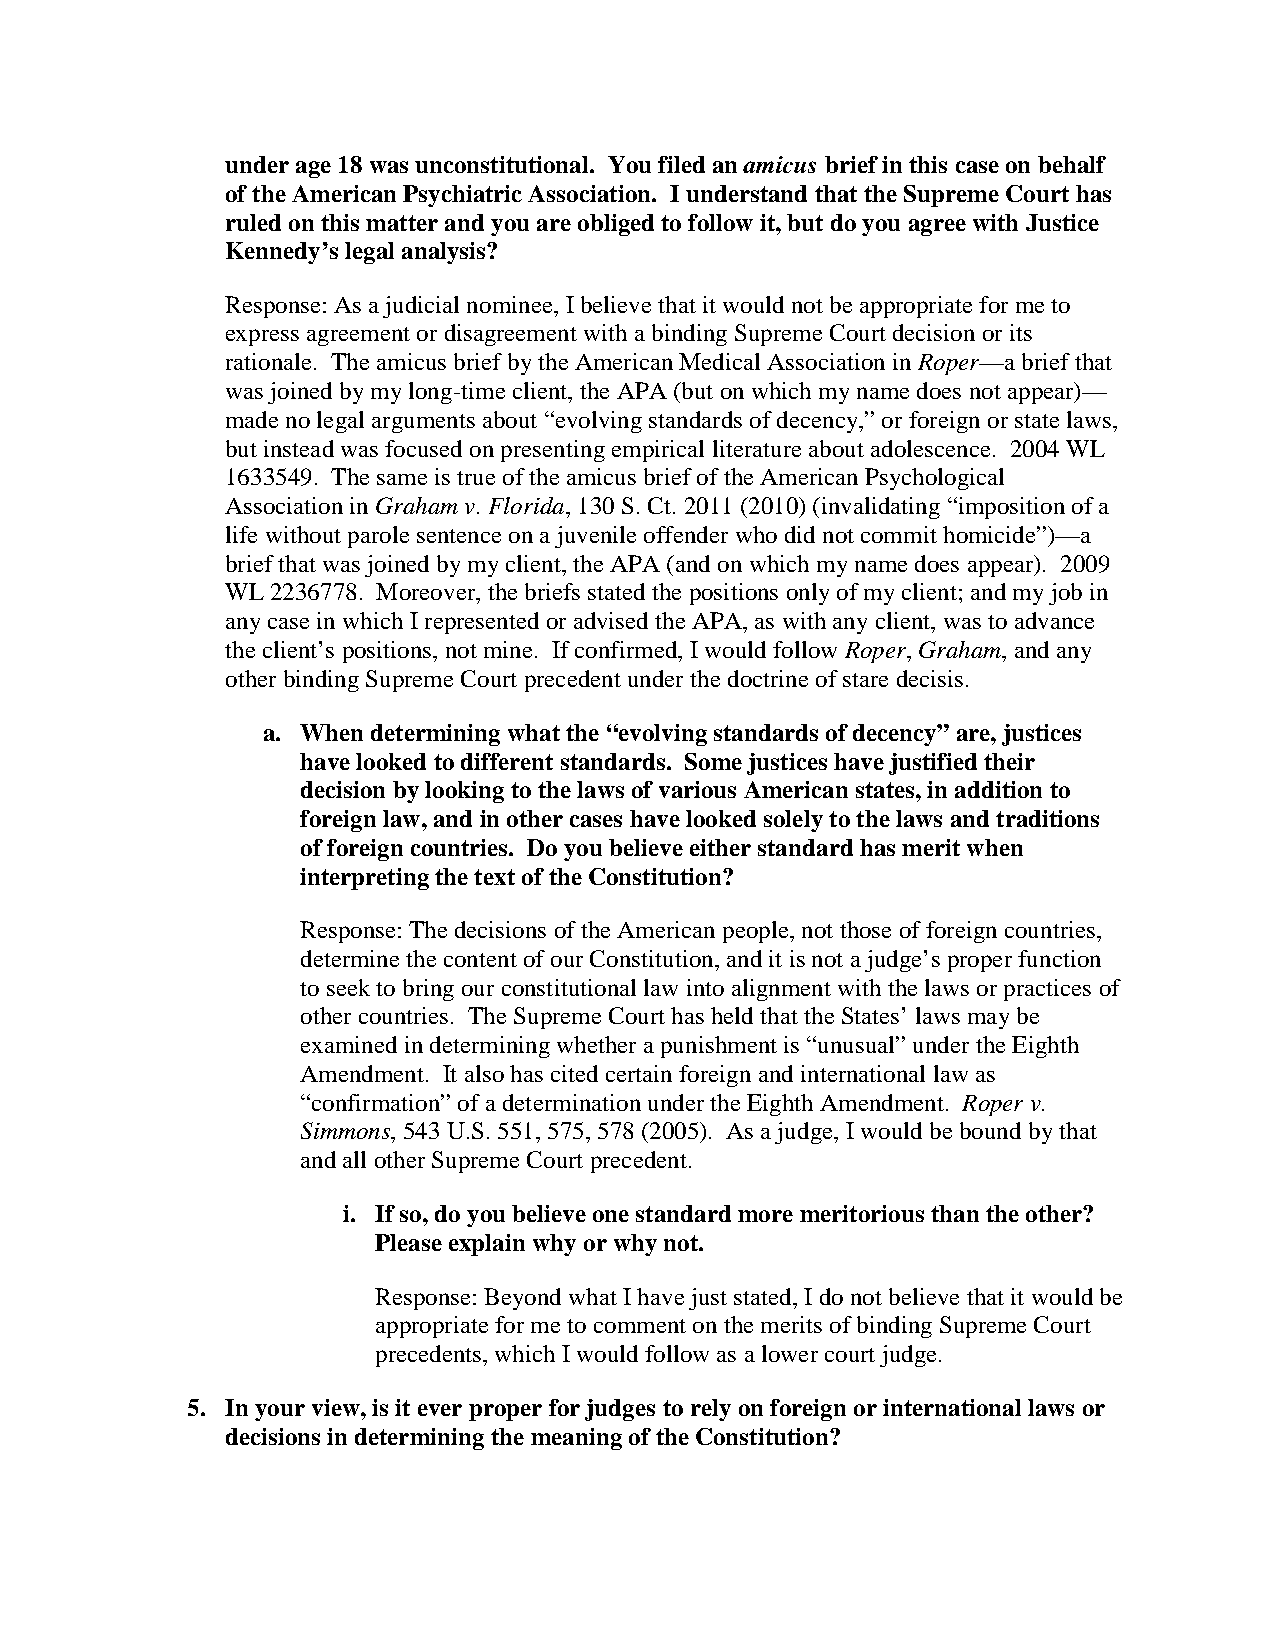
under age 18 was unconstitutional. You filed an amicus brief in this case on behalf
 of the American Psychiatric Association. I understand that the Supreme Court has
 ruled on this matter and you are obliged to follow it, but do you agree with Justice
 Kennedy’s legal analysis?
 Response: As a judicial nominee, I believe that it would not be appropriate for me to
 express agreement or disagreement with a binding Supreme Court decision or its
 rationale. The amicus brief by the American Medical Association in Roper—a brief that
 was joined by my long-time client, the APA (but on which my name does not appear)—
 made no legal arguments about “evolving standards of decency,” or foreign or state laws,
 but instead was focused on presenting empirical literature about adolescence. 2004 WL
 1633549. The same is true of the amicus brief of the American Psychological
 Association in Graham v. Florida, 130 S. Ct. 2011 (2010) (invalidating “imposition of a
 life without parole sentence on a juvenile offender who did not commit homicide”)—a
 brief that was joined by my client, the APA (and on which my name does appear). 2009
 WL 2236778. Moreover, the briefs stated the positions only of my client; and my job in
 any case in which I represented or advised the APA, as with any client, was to advance
 the client’s positions, not mine. If confirmed, I would follow Roper, Graham, and any
 other binding Supreme Court precedent under the doctrine of stare decisis.
 a. When determining what the “evolving standards of decency” are, justices
 have looked to different standards. Some justices have justified their
 decision by looking to the laws of various American states, in addition to
 foreign law, and in other cases have looked solely to the laws and traditions
 of foreign countries. Do you believe either standard has merit when
 interpreting the text of the Constitution?
 Response: The decisions of the American people, not those of foreign countries,
 determine the content of our Constitution, and it is not a judge’s proper function
 to seek to bring our constitutional law into alignment with the laws or practices of
 other countries. The Supreme Court has held that the States’ laws may be
 examined in determining whether a punishment is “unusual” under the Eighth
 Amendment. It also has cited certain foreign and international law as
 “confirmation” of a determination under the Eighth Amendment. Roper v.
 Simmons, 543 U.S. 551, 575, 578 (2005). As a judge, I would be bound by that
 and all other Supreme Court precedent.
 i. If so, do you believe one standard more meritorious than the other?
 Please explain why or why not.
 Response: Beyond what I have just stated, I do not believe that it would be
 appropriate for me to comment on the merits of binding Supreme Court
 precedents, which I would follow as a lower court judge.
 5. In your view, is it ever proper for judges to rely on foreign or international laws or
 decisions in determining the meaning of the Constitution?